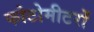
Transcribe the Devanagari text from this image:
फोटोमीटरों